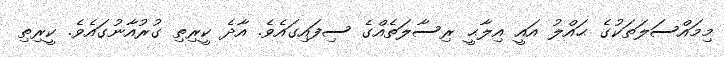
މިމައްސަލަތަކުގެ ޙައްލު އައީ އިލާޙީ ރިސާލަތެއްގެ ސިފައިގައެވެ. އާދެ ކީރިތި ގުރުއާނުގައެވެ. ކީރިތި